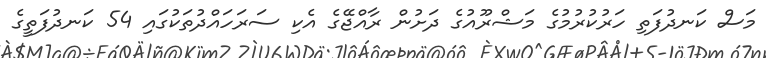
މަސް ކަނދުފަތި ހަރުކުރުމުގެ މަޝްރޫއުގެ ދަށުން ރާއްޖޭގެ އެކި ސަރަހައްދުތަކުގައި 54 ކަނދުފަތީގެ